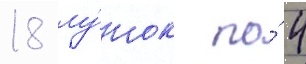
18 лу́нок по́ 4